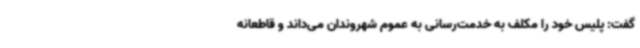
گفت: پلیس خود را مکلف به خدمت‌رسانی به عموم شهروندان می‌داند و قاطعانه